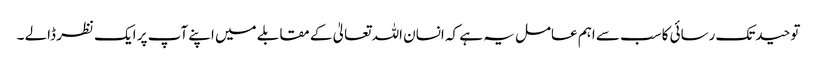
توحیدتک رسائی کاسب سے اہم عامل یہ ہے کہ انسان اللہ تعالیٰ کے مقابلے میں اپنے آپ پر ایک نظر ڈالے ۔